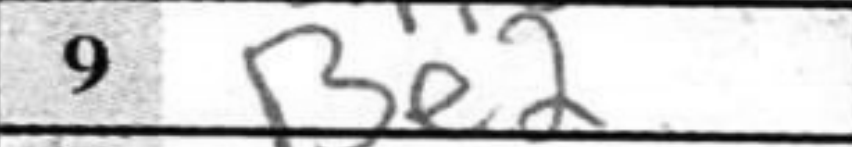
Transcription: Be2